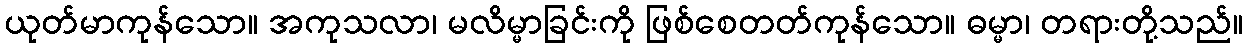
ယုတ်မာကုန်သော။ အကုသလာ၊ မလိမ္မာခြင်းကို ဖြစ်စေတတ်ကုန်သော။ ဓမ္မာ၊ တရားတို့သည်။